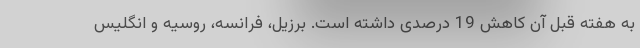
به هفته قبل آن کاهش 19 درصدی داشته است. برزیل، فرانسه، روسیه و انگلیس